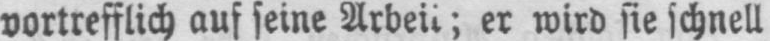
er wird sie schnell